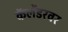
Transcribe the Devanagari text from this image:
कॅलेंडरवर